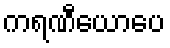
ကရဏီယောပေ